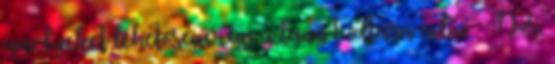
amelyeket lehetősége van a lány tudtára adni. – Nos,